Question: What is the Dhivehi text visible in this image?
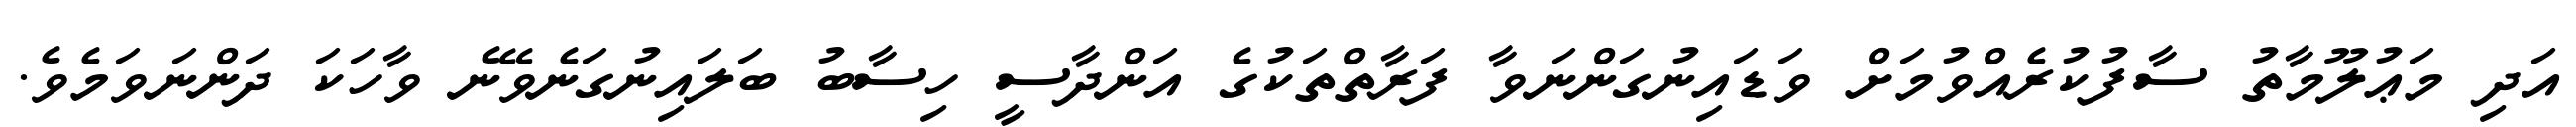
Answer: އަދި މަޢުލޫމާތު ސާފުކުރެއްވުމަށް ވަޑައިނުގަންނަވާ ފަރާތްތަކުގެ އަންދާސީ ހިސާބު ބަލައިނުގަނެވޭނެ ވާހަކަ ދަންނަވަމެވެ.